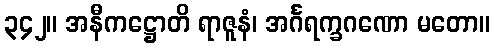
၃၄၂။ အနီကဋ္ဌောတိ ရာဇူနံ၊ အင်္ဂရက္ခဂဏော မတော။